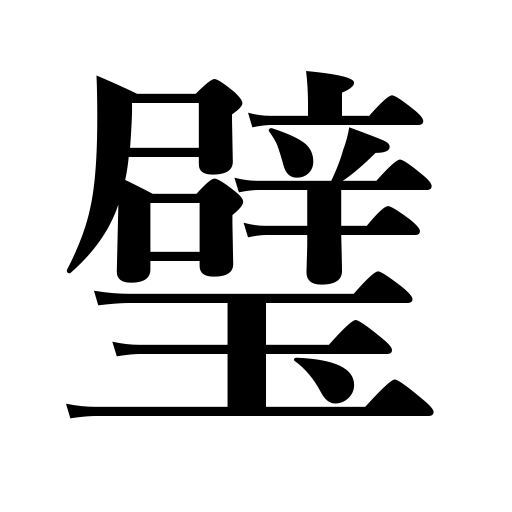
Meanings: bowl,sphere,ball,bulb